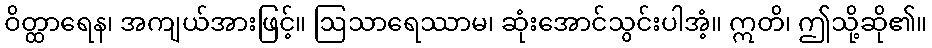
ဝိတ္ထာရေန၊ အကျယ်အားဖြင့်။ ဩသာရေဿာမ၊ ဆုံးအောင်သွင်းပါအံ့။ ဣတိ၊ ဤသို့ဆို၏။